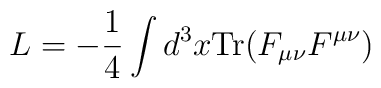
L=-\frac{1}{4}\int d^3x \mbox{Tr} (F_{\mu \nu}F^{\mu \nu})